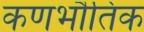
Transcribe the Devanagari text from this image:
कणभौतिक